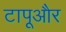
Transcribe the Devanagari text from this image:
टापूऔर